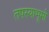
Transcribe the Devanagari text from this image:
तपस्याभूमी